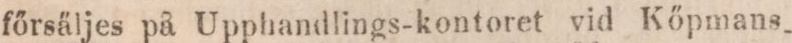
főrsäljes på Upphandlings-kontoret vid Kőpmans,